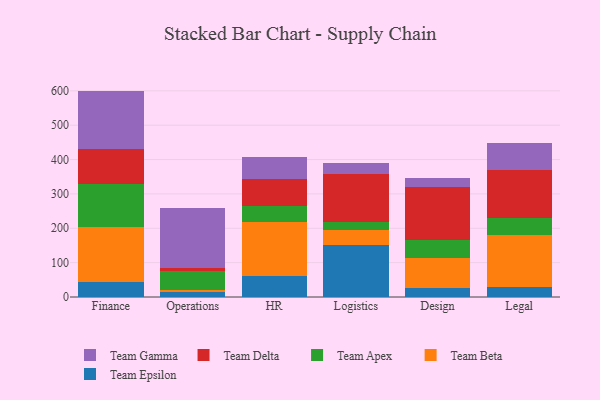
{"axis": {"x": "Department", "y": "Website Visitors"}, "legend": ["Team Apex", "Team Beta", "Team Delta", "Team Epsilon", "Team Gamma"], "data": [{"x": "Finance", "y": 42.4, "type": "Team Epsilon"}, {"x": "Finance", "y": 161.1, "type": "Team Beta"}, {"x": "Finance", "y": 124.0, "type": "Team Apex"}, {"x": "Finance", "y": 102.0, "type": "Team Delta"}, {"x": "Finance", "y": 170.5, "type": "Team Gamma"}, {"x": "Operations", "y": 14.4, "type": "Team Epsilon"}, {"x": "Operations", "y": 6.8, "type": "Team Beta"}, {"x": "Operations", "y": 53.7, "type": "Team Apex"}, {"x": "Operations", "y": 8.4, "type": "Team Delta"}, {"x": "Operations", "y": 176.4, "type": "Team Gamma"}, {"x": "HR", "y": 60.8, "type": "Team Epsilon"}, {"x": "HR", "y": 156.7, "type": "Team Beta"}, {"x": "HR", "y": 48.7, "type": "Team Apex"}, {"x": "HR", "y": 78.1, "type": "Team Delta"}, {"x": "HR", "y": 64.3, "type": "Team Gamma"}, {"x": "Logistics", "y": 150.8, "type": "Team Epsilon"}, {"x": "Logistics", "y": 42.8, "type": "Team Beta"}, {"x": "Logistics", "y": 26.1, "type": "Team Apex"}, {"x": "Logistics", "y": 138.2, "type": "Team Delta"}, {"x": "Logistics", "y": 32.0, "type": "Team Gamma"}, {"x": "Design", "y": 25.7, "type": "Team Epsilon"}, {"x": "Design", "y": 87.5, "type": "Team Beta"}, {"x": "Design", "y": 51.5, "type": "Team Apex"}, {"x": "Design", "y": 154.2, "type": "Team Delta"}, {"x": "Design", "y": 27.1, "type": "Team Gamma"}, {"x": "Legal", "y": 30.5, "type": "Team Epsilon"}, {"x": "Legal", "y": 151.3, "type": "Team Beta"}, {"x": "Legal", "y": 48.0, "type": "Team Apex"}, {"x": "Legal", "y": 141.1, "type": "Team Delta"}, {"x": "Legal", "y": 78.2, "type": "Team Gamma"}]}